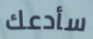
سأدعك